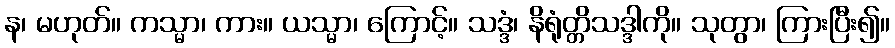
န၊ မဟုတ်။ ကသ္မာ၊ ကား။ ယသ္မာ၊ ကြောင့်။ သဒ္ဒံ၊ နိရုံတ္တိသဒ္ဒါကို။ သုတွာ၊ ကြားပြီး၍။